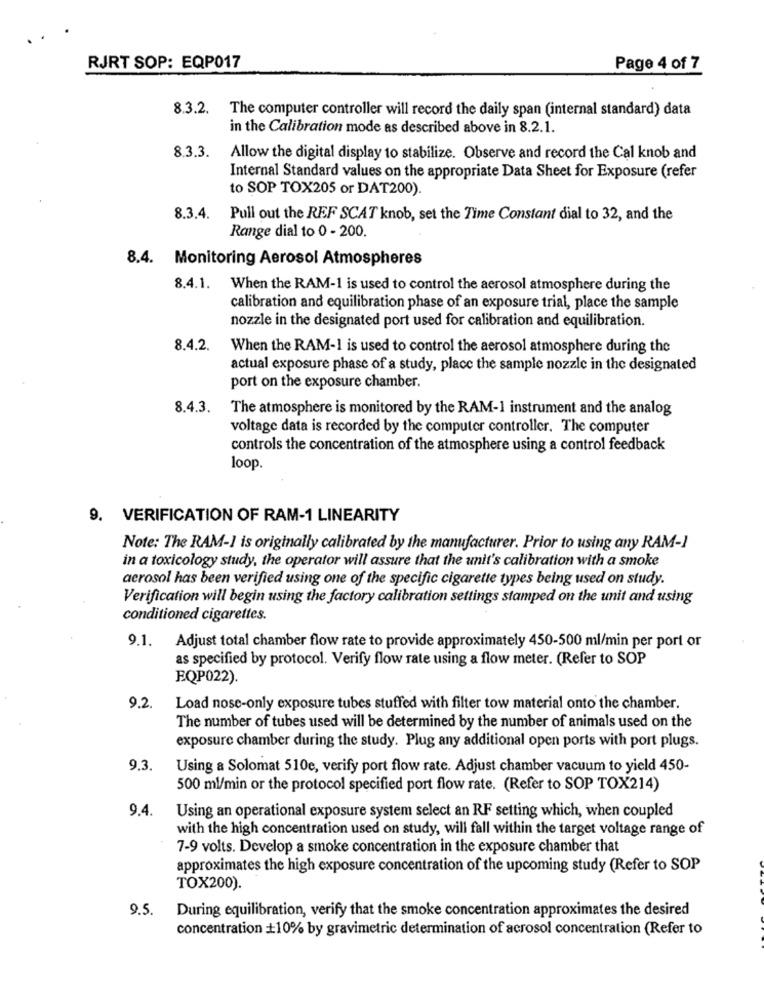
RJRT SOP: EQP017
Page 4 of 7
8.3.2.
The computer controller will record the daily span (internal standard) data
in the Calibration mode as described above in 8.2.1.
8.3.3.
Allow the digital display to stabilize. Observe and record the Cal knob and
Internal Standard values on the appropriate Data Sheet for Exposure (refer
to SOP TOX205 or DAT200).
8.3.4.
Pull out the REF SCAT knob, set the Time Constant dial to 32, and the
Range dial to 0 - 200.
8.4. Monitoring Aerosol Atmospheres
8.4.1. When the RAM-1 is used to control the aerosol atmosphere during the
calibration and equilibration phase of an exposure trial, place the sample
nozzle in the designated port used for calibration and equilibration.
8.4.2. When the RAM-1 is used to control the aerosol atmosphere during the
actual exposure phase of a study, place the sample nozzle in the designated
port on the exposure chamber.
8.4.3.
The atmosphere is monitored by the RAM-1 instrument and the analog
voltage data is recorded by the computer controller. The computer
controls the concentration of the atmosphere using a control feedback
loop.
9. VERIFICATION OF RAM-1 LINEARITY
Note: The RAM-1 is originally calibrated by the manufacturer. Prior to using any RAM-1
in a toxicology study, the operator will assure that the unit's calibration with a smoke
aerosol has been verified using one of the specific cigarette types being used on study.
Verification will begin using the factory calibration settings stamped on the unit and using
conditioned cigarettes.
9.1. Adjust total chamber flow rate to provide approximately 450-500 ml/min per port or
as specified by protocol. Verify flow rate using a flow meter. (Refer to SOP
EQPO22).
9.2.
Load nose-only exposure tubes stuffed with filter tow material onto the chamber.
The number of tubes used will be determined by the number of animals used on the
exposure chamber during the study. Plug any additional open ports with port plugs.
9.3.
Using a Solomat 510e, verify port flow rate. Adjust chamber vacuum to yield 450-
500 ml/min or the protocol specified port flow rate. (Refer to SOP TOX214)
9.4.
Using an operational exposure system select an RF setting which, when coupled
with the high concentration used on study, will fall within the target voltage range of
7-9 volts. Develop a smoke concentration in the exposure chamber that
approximates the high exposure concentration of the upcoming study (Refer to SOP
TOX200).
9.5.
During equilibration, verify that the smoke concentration approximates the desired
concentration +10% by gravimetric determination of acrosol concentration (Refer to